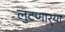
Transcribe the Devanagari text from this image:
लुटणार्‍या